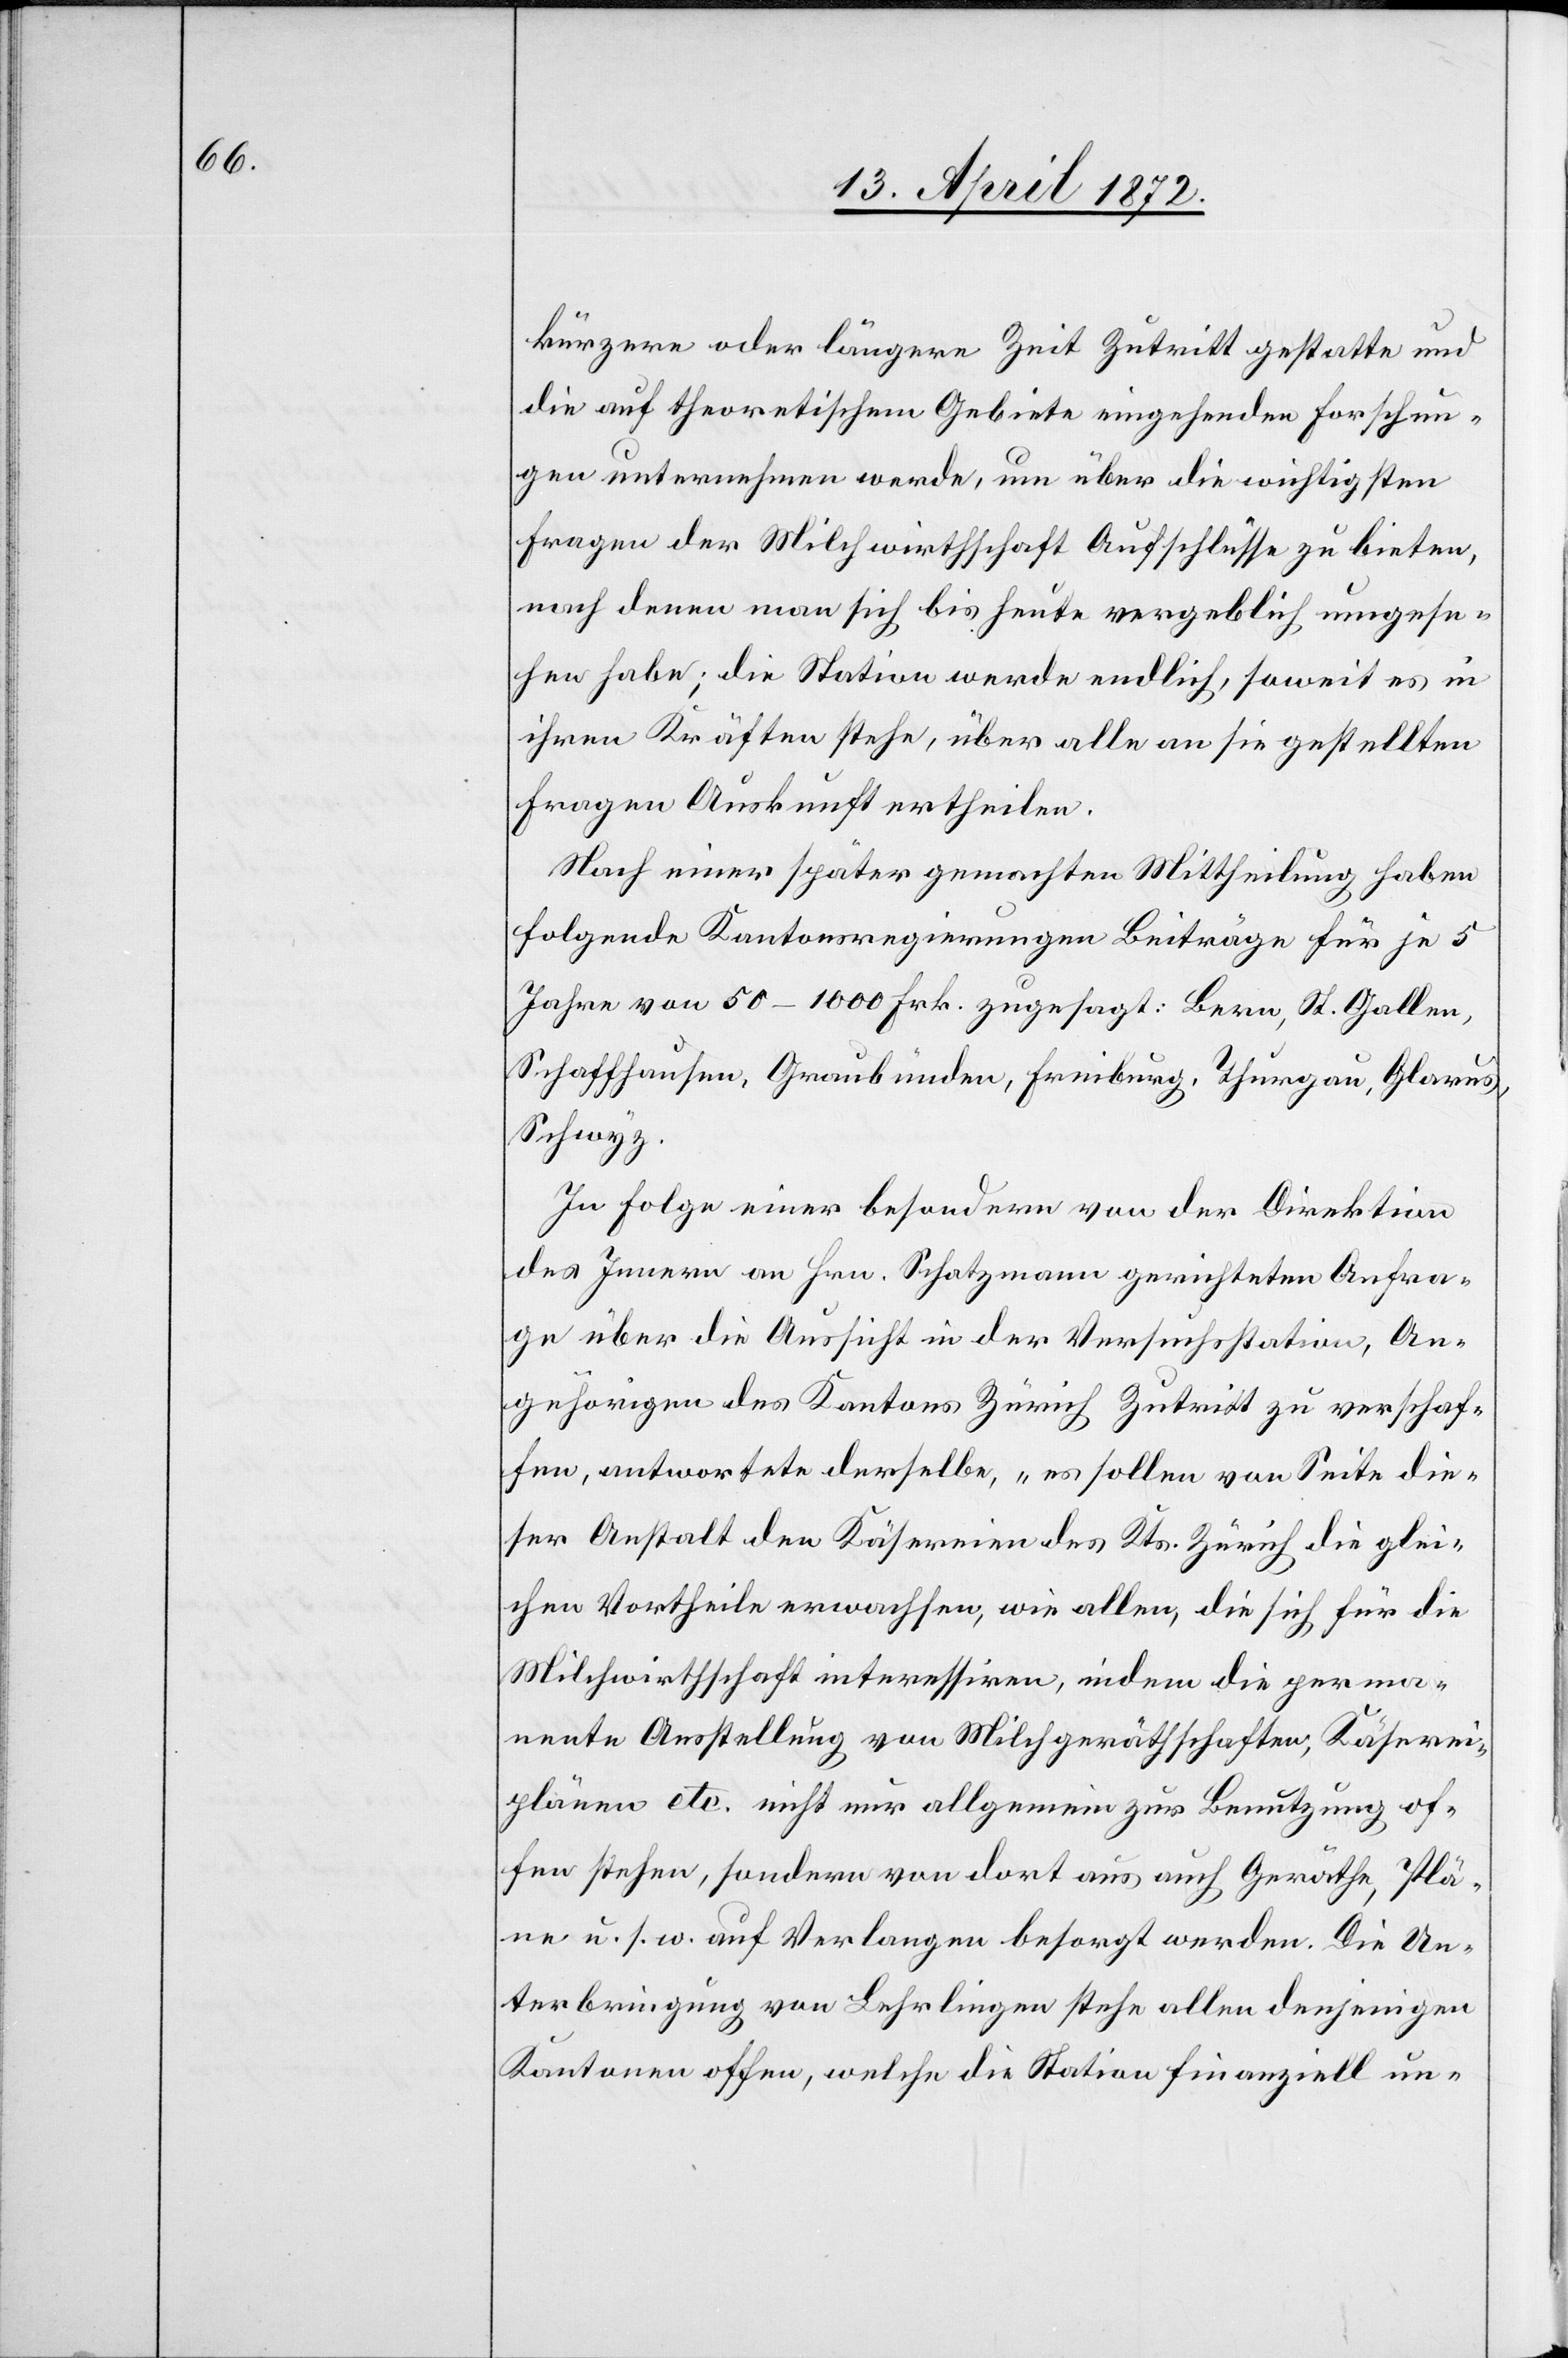
kürzere oder längere Zeit Zutritt gestatte und
die auf theoretischem Gebiete eingehenden Forschun¬
gen unternehmen werde, um über die wichtigsten
Fragen der Milchwirthschaft Aufschlüsse zu bieten,
nach denen man sich bis heute vergeblich umgese¬
hen habe; die Station werde endlich, soweit es in
ihren Kräften stehe, über alle an sie gestellten
Fragen Auskunft ertheilen.
Nach einer später gemachten Mittheilung haben
folgende Kantonsregierungen Beiträge für je 5
Jahre von 50–1000 Frk. zugesagt: Bern, St. Gallen,
Schaffhausen, Graubünden, Freiburg, Thurgau, Glarus,
Schwyz.
In Folge einer besondern von der Direktion
des Innern an Hrn. Schatzmann gerichteten Anfra¬
ge über die Aussicht in der Versuchsstation, An¬
gehörigen des Kantons Zürich Zutritt zu verschaf¬
fen, antwortete derselbe, „es sollen von Seite die¬
ser Anstalt den Käsereien des Kts. Zürich die glei¬
chen Vortheile erwachsen, wie allen, die sich für die
Milchwirthschaft interessiren, indem die perma¬
nente Anstellung von Milchgeräthschaften, Käserei¬
plänen etc. nicht nur allgemein zur Benutzung of¬
fen stehen, sondern von dort aus auch Geräthe, Plä¬
ne u. s. w. auf Verlangen besorgt werden. Die Un¬
terbringung von Lehrlingen stehe allen denjenigen
Kantonen offen, welche die Station finanziell un-